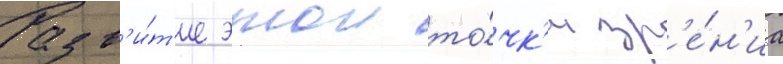
Разв'и́т'ие этои то́чк'и зр'е́н'иа